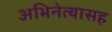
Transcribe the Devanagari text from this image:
अभिनेत्यासह